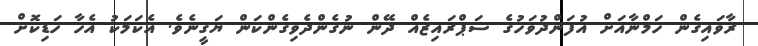
ރާވައިގެން ހަމްނާއަށް އުފަންދުވަހުގެ ސަޕްރައިޒެއް ދޭން ނުގެންދެވިގެންކަން ޔަގީނެވެ. އެކަމަކު އެހާ ހަޑިކޮށް